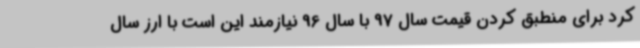
کرد برای منطبق کردن قیمت سال 97 با سال 96 نیازمند این است با ارز سال